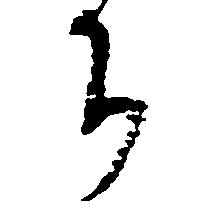
ち